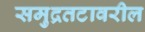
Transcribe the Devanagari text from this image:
समुद्रतटावरील